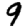
Digit: 9